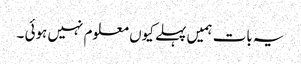
یہ بات ہمیں پہلے کیوں معلوم نہیں ہوئی ۔